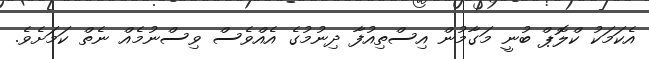
އެކަމަކު ކްލޮޕް ބުނީ މަގާމުން އިސްތިއުފާ ދިނުމުގެ އެއްވެސް ވިސްނުމެއް ނެތް ކަމަށެވެ.